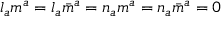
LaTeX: l _ { a } m ^ { a } = l _ { a } { \bar { m } } ^ { a } = n _ { a } m ^ { a } = n _ { a } { \bar { m } } ^ { a } = 0